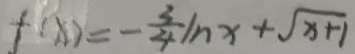
f ( x ) = - \frac { 3 } { 4 } I n x + \sqrt { x + 1 }